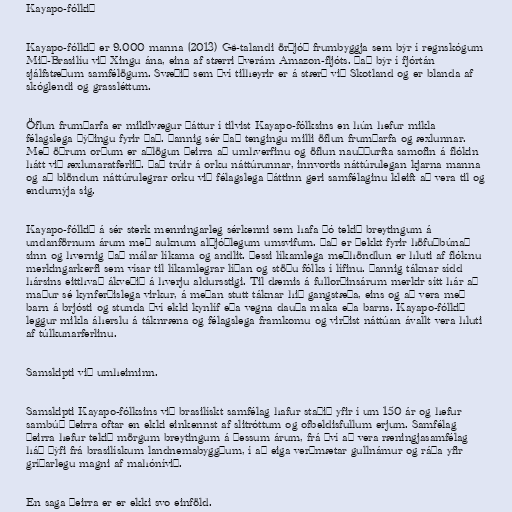
Kayapo-fólkið

Kayapo-fólkið er 9.000 manna (2013) Gê-talandi örþjóð frumbyggja sem býr í regnskógum
Mið-Brasilíu við Xingu ána, eina af stærri þverám Amazon-fljóts. Það býr í fjórtán
sjálfstæðum samfélögum. Svæðið sem því tilheyrir er á stærð við Skotland og er blanda af
skóglendi og grassléttum.

Öflun frumþarfa er mikilvægur þáttur í tilvist Kayapo-fólksins en hún hefur mikla
félagslega þýðingu fyrir það. Þannig sér það tengingu milli öflun frumþarfa og æxlunnar.
Með öðrum orðum er aðlögun þeirra að umhverfinu og öflun nauðþurfta samofin á flókin
hátt við æxlunaratferlið. Það trúir á orku náttúrunnar, innvortis náttúrulegan kjarna manna
og að blöndun náttúrulegrar orku við félagslega þáttinn geri samfélaginu kleift að vera til og
endurnýja sig.

Kayapo-fólkið á sér sterk menningarleg sérkenni sem hafa þó tekið breytingum á
undanförnum árum með auknum alþjóðlegum umsvifum. Það er þekkt fyrir höfuðbúnað
sinn og hvernig það málar líkama og andlit. Þessi líkamlega meðhöndlun er hluti af flóknu
merkingarkerfi sem vísar til líkamlegrar líðan og stöðu fólks í lífinu. Þannig táknar sídd
hársins eitthvað ákveðið á hverju aldursstigi. Til dæmis á fullorðinsárum merkir sítt hár að
maður sé kynferðislega virkur, á meðan stutt táknar hið gangstæða, eins og að vera með
barn á brjósti og stunda því ekki kynlíf eða vegna dauða maka eða barns. Kayapo-fólkið
leggur mikla áherslu á táknræna og félagslega framkomu og virðist náttúan ávallt vera hluti
af túlkunarferlinu.

Samskipti við umheiminn.

Samskipti Kayapo-fólksins við brasilískt samfélag hafur staðið yfir í um 150 ár og hefur
sambúð þeirra oftar en ekki einkennst af slitróttum og ofbeldisfullum erjum. Samfélag
þeirra hefur tekið mörgum breytingum á þessum árum, frá því að vera ræningjasamfélag
háð þýfi frá brasilískum landnemabyggðum, í að eiga verðmætar gullnámur og ráða yfir
gríðarlegu magni af mahónívið.

En saga þeirra er er ekki svo einföld.